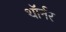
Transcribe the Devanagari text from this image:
थॉर्नर